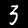
Digit: 3